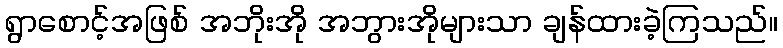
ရွာစောင့်အဖြစ် အဘိုးအို အဘွားအိုများသာ ချန်ထားခဲ့ကြသည်။